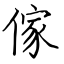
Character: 傢